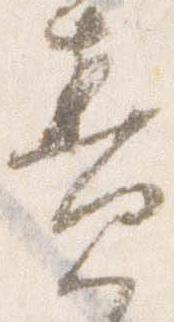
責